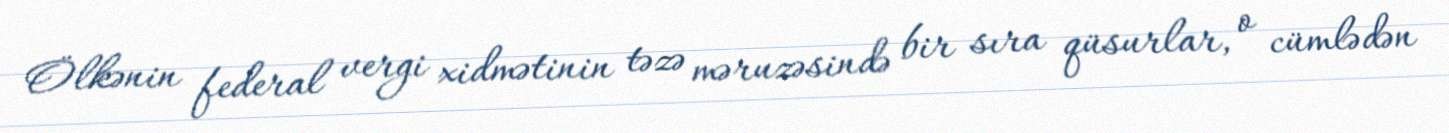
Ölkənin federal vergi xidmətinin təzə məruzəsində bir sıra qüsurlar, o cümlədən